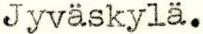
Jyväskylä.